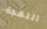
اللهجة